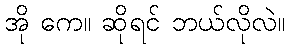
အို ကေ။ ဆိုရင် ဘယ်လိုလဲ။